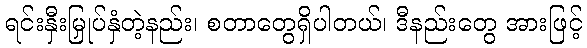
ရင်းနှီးမြှုပ်နှံတဲ့နည်း၊ စတာတွေရှိပါတယ်၊ ဒီနည်းတွေ အားဖြင့်